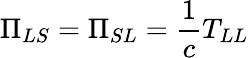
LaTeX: \Pi_{LS}=\Pi_{SL}=\frac{1}{c}T_{LL}